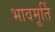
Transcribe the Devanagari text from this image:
भावमूर्ति